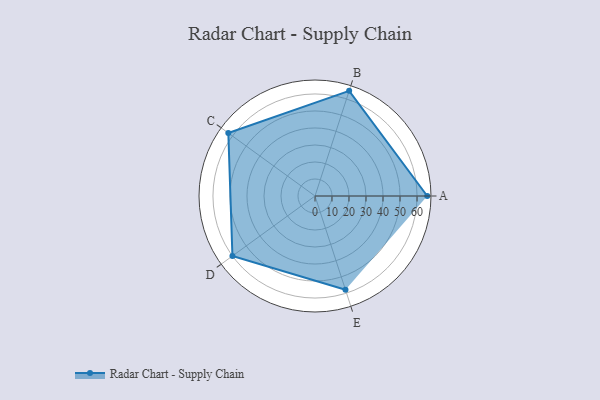
{"axis": {"x": "Skill", "y": "Score"}, "legend": ["Profile"], "data": [{"x": "A", "y": 66.0, "type": "Profile"}, {"x": "B", "y": 65.0, "type": "Profile"}, {"x": "C", "y": 63.0, "type": "Profile"}, {"x": "D", "y": 60.0, "type": "Profile"}, {"x": "E", "y": 58.0, "type": "Profile"}]}